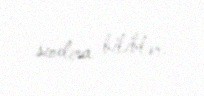
sındıra biliblər.